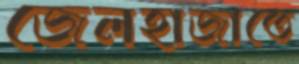
জেলহাজাতে